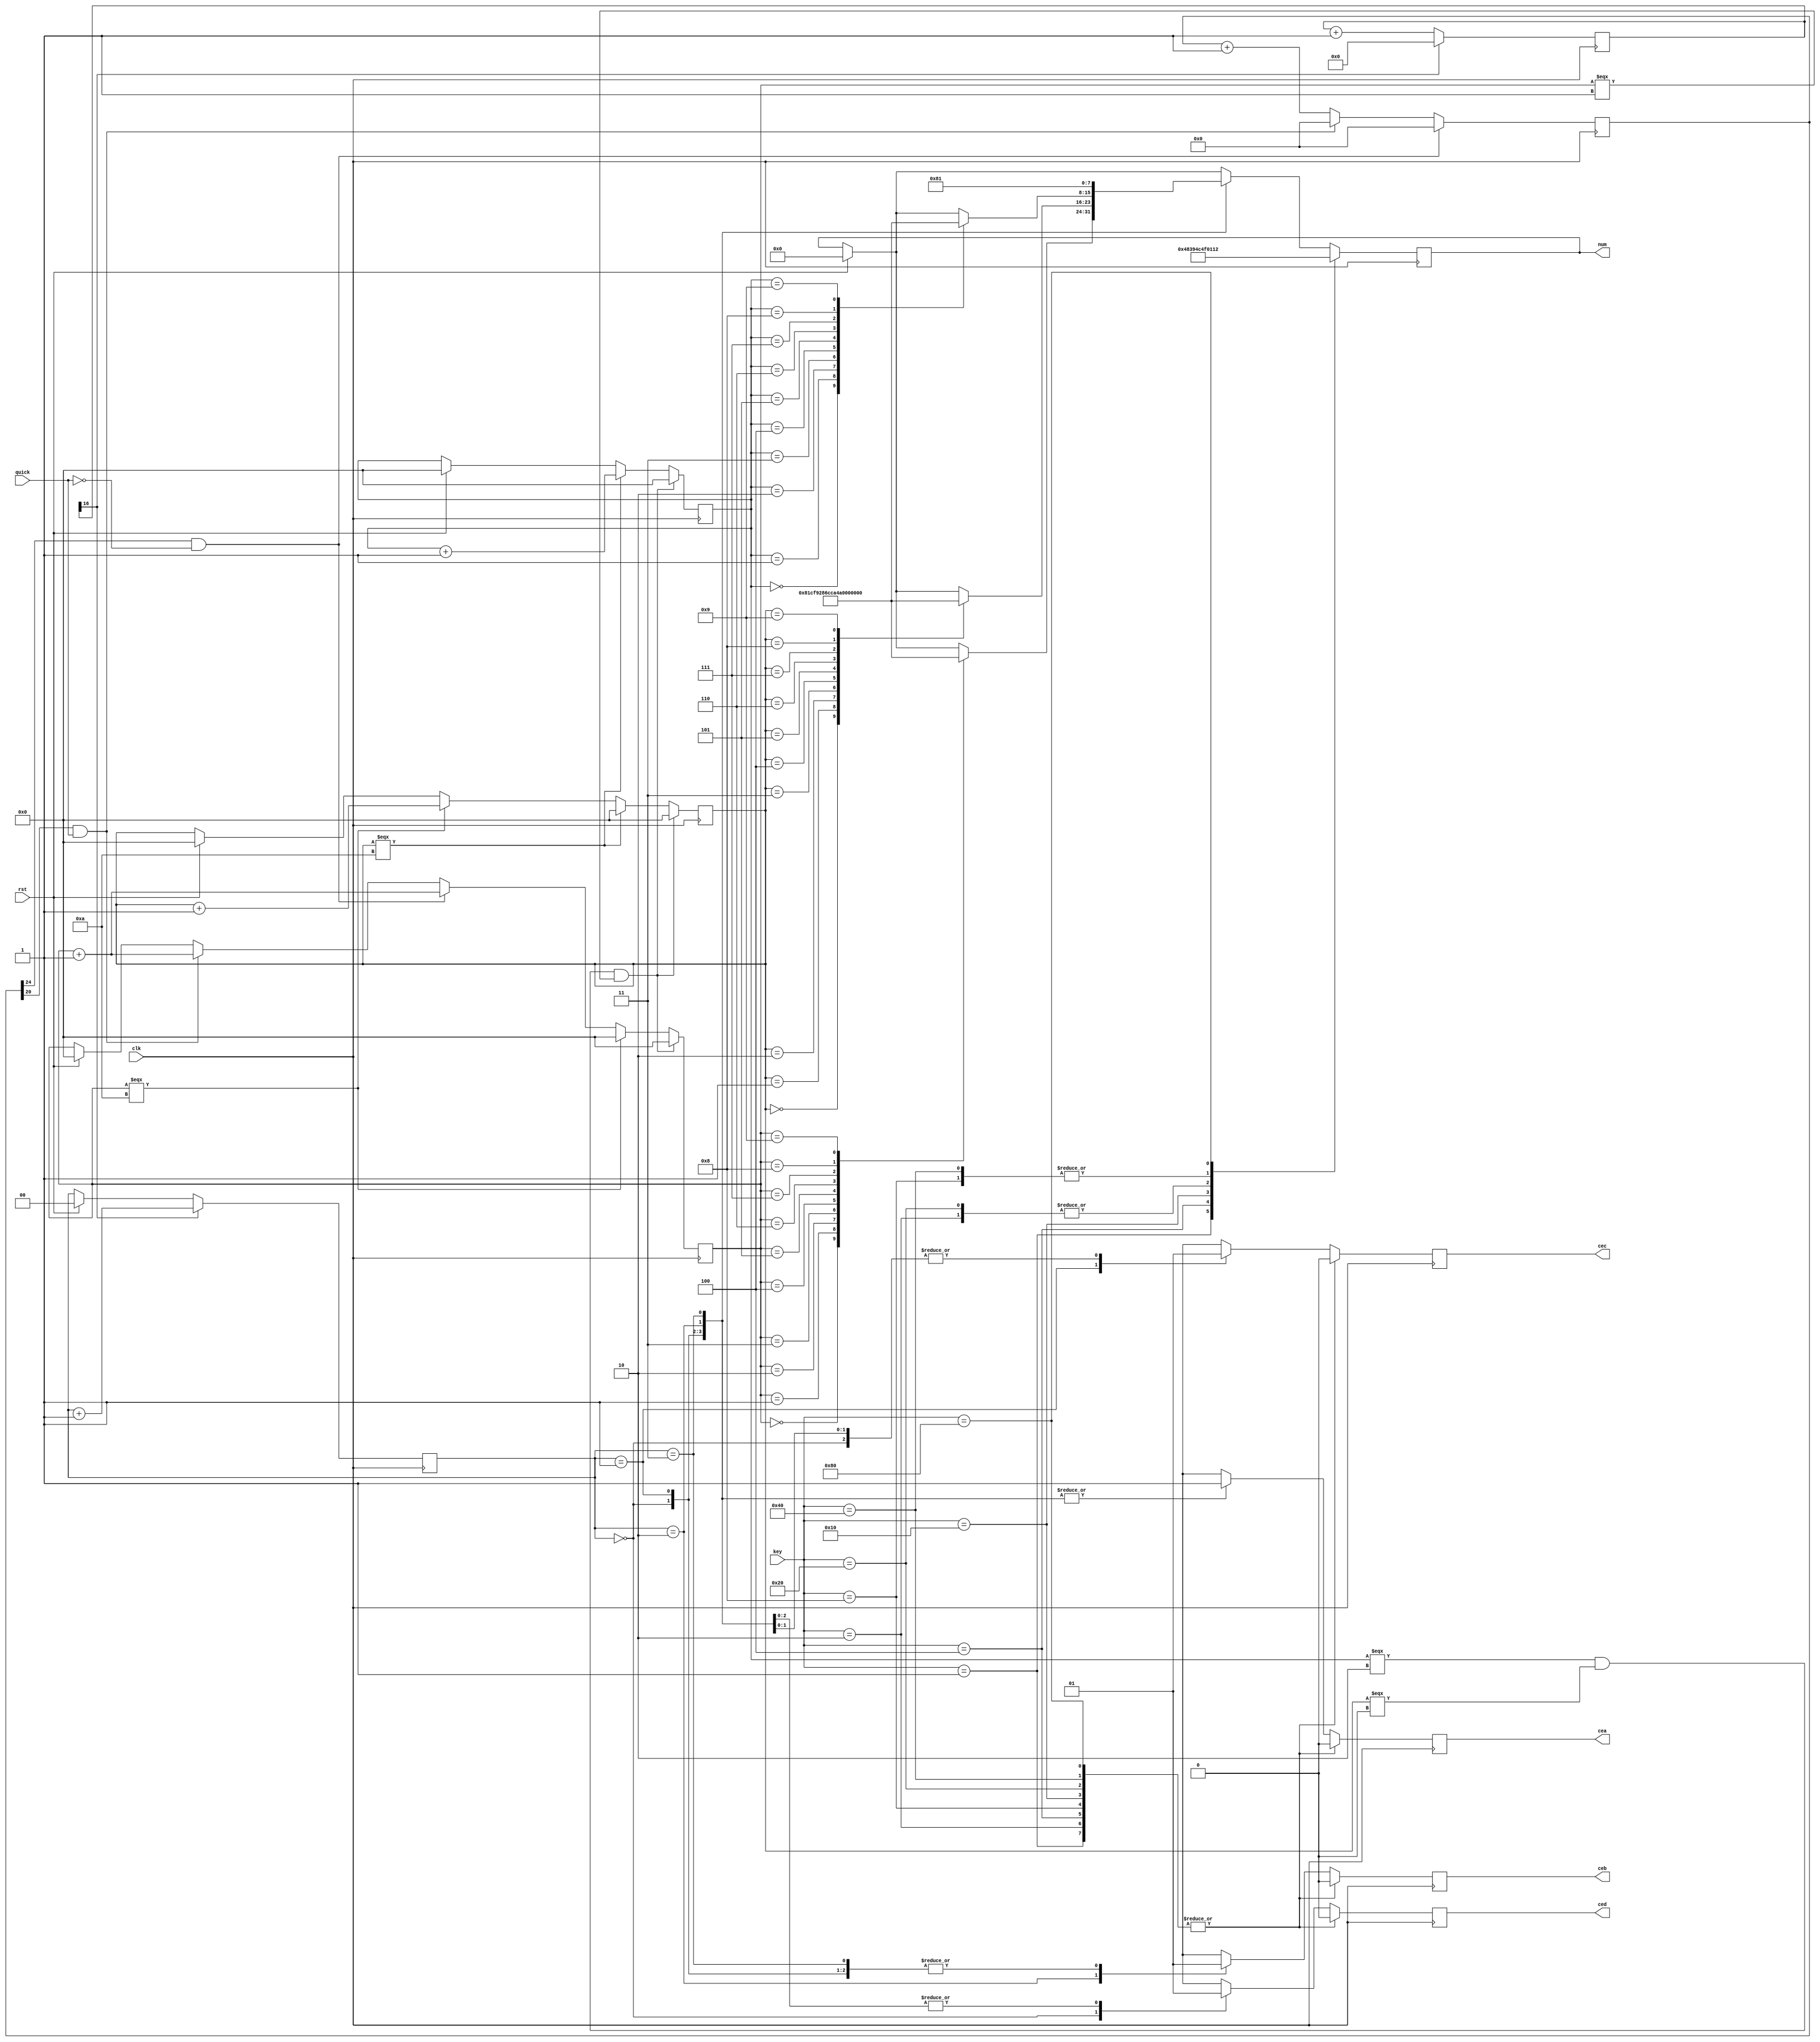
module clock(clk,rst,quick,num,cea,ceb,cec,ced,key);
	 input clk,rst,quick;
	 input [7:0]key;
    reg [16:0]ctr;
	 reg [26:0]counter;
	 
    	 
	 output [7:0]num;
	 output  cea,ceb,cec,ced;
	 reg cea,ceb,cec,ced;
	 reg [1:0]ce;
	 
    reg num;	
	 
	 reg [3:0]digits,tens,hundreds;
	 reg num2,num1,num0;
	 

	 
	 always @(posedge clk)
      begin
         if(rst) 
            begin
				   ctr <=0;
			      num <=0;
					counter <=0;
					digits<=0;
					tens<=0;
					hundreds<=0;
					ce <=0;
					
					
				end
				
			if(ctr[16])
			      begin							
						ce<=ce+2'b01;
					   ctr <= 1'b0;
					end
			else 	 ctr<=ctr+1'b1;
			
			if(counter[24]&&(~quick))
			      begin
					   
					   counter <=2'b0;
					   digits <= digits+4'd0001;		
                  				
					end
			else if (counter[20]&&(quick))
			     begin
					   
					   counter <=2'b0;
					   digits <= digits+4'd0001;		
                  				
					end
		    
			 else counter<=counter+1'b1;

			 
			 
			
			if(digits===4'd10)
			      begin
					   tens <= tens+1'd01;	
					   digits <= 0;
						
					   				
					end
			if(tens===4'd10)
			      begin
					   hundreds <= hundreds+1'd01;	
					   tens <= 0;
											   				
					end
			if(hundreds===4'd2&&tens===4'd0&& digits===4'd1)
			      begin
					   hundreds <= 0;	
					   tens <= 0;
						digits<=0;
											   				
					end
					
						
			
					
			
			
		
			               case(key)
                    8'b00000001:begin num<=7'b1001000;cea<=0;ceb<=0;cec<=0;ced<=0;end
		              8'b00000010:begin num<=7'b1001111;cea<=0;ceb<=0;cec<=0;ced<=0;end
		              8'b00000100:begin num<=7'b0111001;cea<=0;ceb<=0;cec<=0;ced<=0; end
		              8'b00001000:begin num<=7'b0000001;cea<=0;ceb<=0;cec<=0;ced<=0; end
		              8'b00010000:begin num<=7'b1001100;cea<=0;ceb<=0;cec<=0;ced<=0; end
		              8'b00100000:begin num<=7'b1001111;cea<=0;ceb<=0;cec<=0;ced<=0; end
		              8'b01000000:begin num<=7'b0000001;cea<=0;ceb<=0;cec<=0;ced<=0; end
		              8'b10000000:begin num<=7'b0010010;cea<=0;ceb<=0;cec<=0;ced<=0; end
        default:
		   begin
			case (ce)			
         2'b00: begin 
			case(digits)
			4'd0:num <=8'b10000001;
			4'd1:num <=8'b11001111;
			4'd2:num <=8'b10010010;
			4'd3:num <=8'b10000110;
			4'd4:num <=8'b11001100;
			4'd5:num <=8'b10100100;
			4'd6:num <=8'b10100000;
			4'd7:num <=8'b10001111;
			4'd8:num <=8'b10000000;
			4'd9:num <=8'b10000100;
			default:num0=8'bx;
			endcase
			cea<=1;ceb<=1;cec<=1;ced<=0;
			end
         2'b01: begin 
			case(tens)
			4'd0:num <=8'b10000001;
			4'd1:num <=8'b11001111;
			4'd2:num <=8'b10010010;
			4'd3:num <=8'b10000110;
			4'd4:num <=8'b11001100;
			4'd5:num <=8'b10100100;
			4'd6:num <=8'b10100000;
			4'd7:num <=8'b10001111;
			4'd8:num <=8'b10000000;
			4'd9:num <=8'b10000100;
			default:num0=8'bx;
			endcase
			
			cea<=1;ceb<=1;cec<=0;ced<=1; 
			end
			2'b10: begin 
			case(hundreds)
			4'd0:num <=8'b10000001;
			4'd1:num <=8'b11001111;
			4'd2:num <=8'b10010010;
			4'd3:num <=8'b10000110;
			4'd4:num <=8'b11001100;
			4'd5:num <=8'b10100100;
			4'd6:num <=8'b10100000;
			4'd7:num <=8'b10001111;
			4'd8:num <=8'b10000000;
			4'd9:num <=8'b10000100;
			default:num0=8'bx;
			endcase
			cea<=1;ceb<=0;cec<=1;ced<=1;
			end
			
			2'b11: begin num<=8'b10000001; cea<=1;ceb<=1;cec<=1;ced<=1; end
         default:num<=8'bx;
			endcase
			end
			endcase
		
			
			
			
		end
	 
	      
		 
	   
endmodule